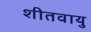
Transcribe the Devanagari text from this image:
शीतवायु